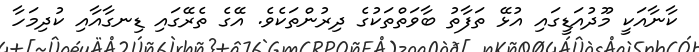
ކާނާއަކީ މޫދުއަޑީގައި އުޅޭ ތަފާތު ބާވަތްތަކުގެ ދިރުންތަކެވެ. އޭގެ ތެރޭގައި ޑިނގާއާއި ކުދިމަހާ